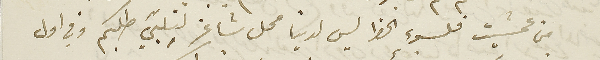
من عمشيت فلسوء الحظ ليس لدينا محل شاغر لنلبّي طلبكم وفي اول